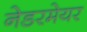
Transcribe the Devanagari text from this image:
नेडरमेयर